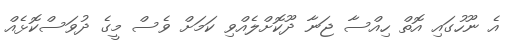
އެ ނޫހުގައި އޮތް ހިއްސާ ޖަނާ ދޫކޮށްލެއްވި ކަމަށް ވެސް މީގެ ދުވަސްކޮޅެއް